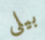
بيلى